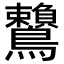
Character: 𪈐